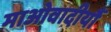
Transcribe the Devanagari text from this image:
माओवादीयौं